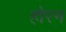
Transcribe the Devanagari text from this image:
होरन